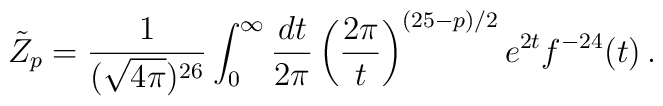
\tilde Z_{p} =  \frac{1}{(\sqrt{4\pi})^{26}} \int_{0}^{\infty}\frac{dt}{2\pi} \left( \frac{2\pi}{t}\right)^{(25-p)/2} e^{2t}f^{-24}(t)  \, .